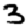
Digit: 3